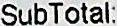
SUBTOTAL: